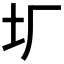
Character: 𡉃